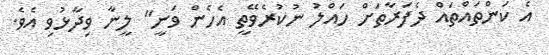
އެ ކަންތައްތައް ދެފަރާތަށް ހައްލު ނުކުރެވޭތީ އެހެން ވަނީ" ލީނާ ވިދާޅުވި އެވެ.